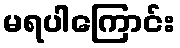
မရပါကြောင်း